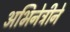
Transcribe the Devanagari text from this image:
अभिनेत्रीने